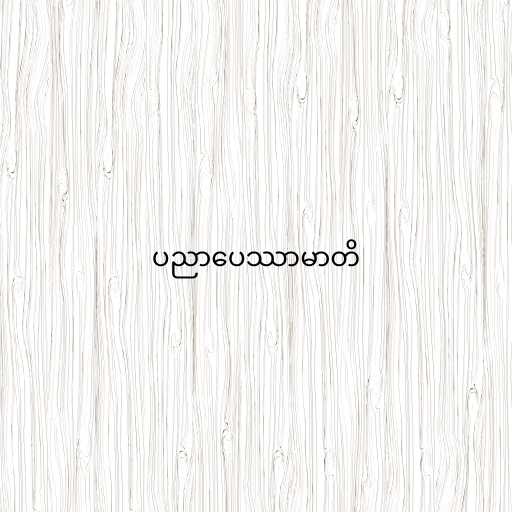
ပညာပေဿာမာတိ